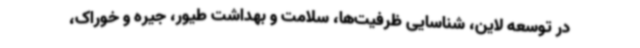
در توسعه لاین، شناسایی ظرفیت‌ها، سلامت و بهداشت طیور، جیره و خوراک،